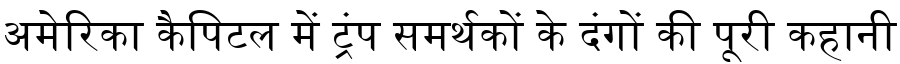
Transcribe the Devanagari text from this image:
अमेरिका कैपिटल में ट्रंप समर्थकों के दंगों की पूरी कहानी